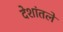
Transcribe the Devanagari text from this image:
देशांतले